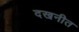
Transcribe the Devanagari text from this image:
दखनीत